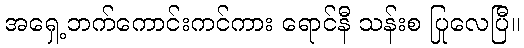
အရှေ့ဘက်ကောင်းကင်ကား ရောင်နီ သန်းစ ပြုလေပြီ။